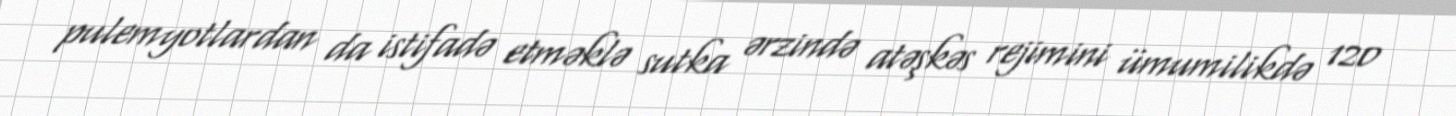
pulemyotlardan da istifadə etməklə sutka ərzində atəşkəs rejimini ümumilikdə 120